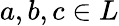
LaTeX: a,b,c\in L